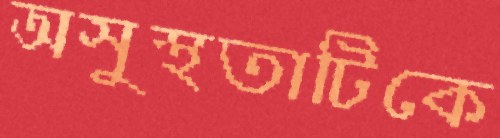
অসুস্থতাটিকে